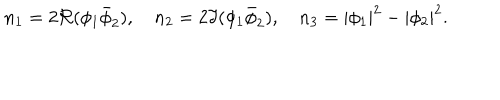
LaTeX: n _ { 1 } = 2 \Re ( \phi _ { 1 } \bar { \phi } _ { 2 } ) , \quad n _ { 2 } = 2 \Im ( \phi _ { 1 } \bar { \phi } _ { 2 } ) , \quad n _ { 3 } = | \phi _ { 1 } | ^ { 2 } - | \phi _ { 2 } | ^ { 2 } .